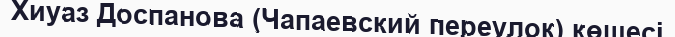
Хиуаз Доспанова (Чапаевский переулок) көшесі